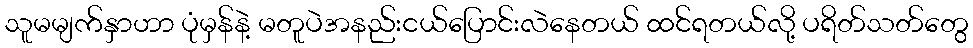
သူမမျက်နှာဟာ ပုံမှန်နဲ့ မတူပဲအနည်းငယ်ပြောင်းလဲနေတယ် ထင်ရတယ်လို့ ပရိတ်သတ်တွေ